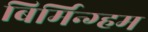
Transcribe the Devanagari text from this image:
बिर्मिन्ग्हम